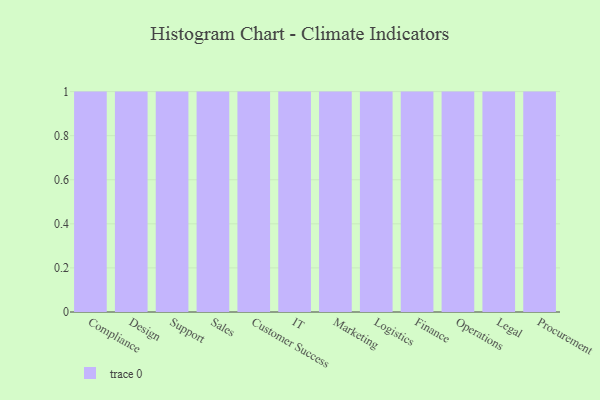
{"axis": {"x": "Department", "y": "Page Views"}, "legend": [""], "data": [{"x": "Compliance", "y": 93, "type": ""}, {"x": "Design", "y": 88, "type": ""}, {"x": "Support", "y": 46, "type": ""}, {"x": "Sales", "y": 69, "type": ""}, {"x": "Customer Success", "y": 37, "type": ""}, {"x": "IT", "y": 38, "type": ""}, {"x": "Marketing", "y": 72, "type": ""}, {"x": "Logistics", "y": 32, "type": ""}, {"x": "Finance", "y": 16, "type": ""}, {"x": "Operations", "y": 15, "type": ""}, {"x": "Legal", "y": 32, "type": ""}, {"x": "Procurement", "y": 52, "type": ""}]}